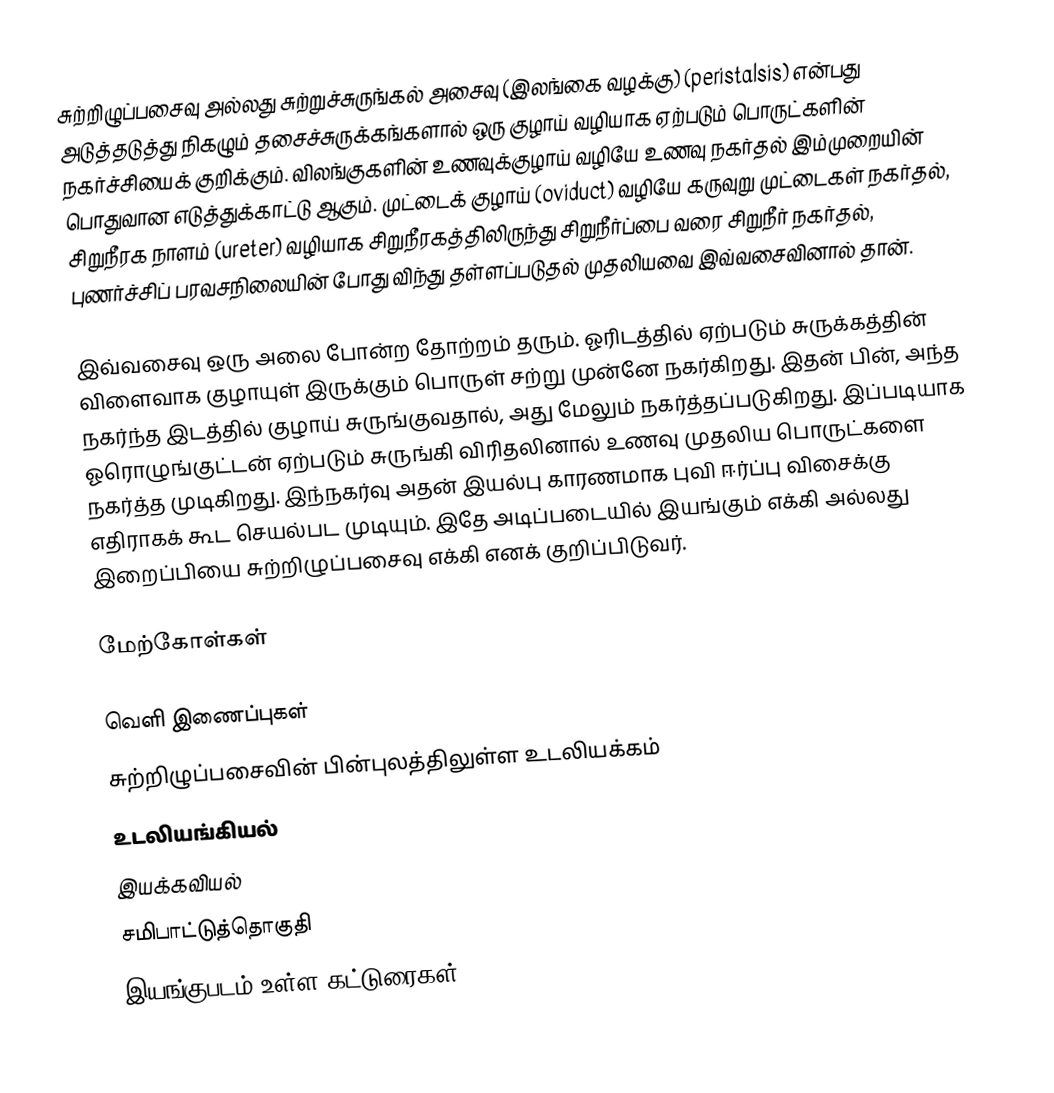
சுற்றிழுப்பசைவு அல்லது சுற்றுச்சுருங்கல் அசைவு (இலங்கை வழக்கு) (peristalsis) என்பது அடுத்தடுத்து நிகழும் தசைச்சுருக்கங்களால் ஒரு குழாய் வழியாக ஏற்படும் பொருட்களின் நகர்ச்சியைக் குறிக்கும். விலங்குகளின் உணவுக்குழாய் வழியே உணவு நகர்தல் இம்முறையின் பொதுவான எடுத்துக்காட்டு ஆகும். முட்டைக் குழாய் (oviduct) வழியே கருவுறு முட்டைகள் நகர்தல், சிறுநீரக நாளம் (ureter) வழியாக சிறுநீரகத்திலிருந்து சிறுநீர்ப்பை வரை சிறுநீர் நகர்தல், புணர்ச்சிப் பரவசநிலையின் போது விந்து தள்ளப்படுதல் முதலியவை இவ்வசைவினால் தான்.

இவ்வசைவு ஒரு அலை போன்ற தோற்றம் தரும். ஓரிடத்தில் ஏற்படும் சுருக்கத்தின் விளைவாக குழாயுள் இருக்கும் பொருள் சற்று முன்னே நகர்கிறது. இதன் பின், அந்த நகர்ந்த இடத்தில் குழாய் சுருங்குவதால், அது மேலும் நகர்த்தப்படுகிறது. இப்படியாக ஓரொழுங்குட்டன் ஏற்படும் சுருங்கி விரிதலினால் உணவு முதலிய பொருட்களை நகர்த்த முடிகிறது. இந்நகர்வு அதன் இயல்பு காரணமாக புவி ஈர்ப்பு விசைக்கு எதிராகக் கூட செயல்பட முடியும். இதே அடிப்படையில் இயங்கும் எக்கி அல்லது இறைப்பியை சுற்றிழுப்பசைவு எக்கி எனக் குறிப்பிடுவர்.

மேற்கோள்கள்

வெளி இணைப்புகள்
 சுற்றிழுப்பசைவின் பின்புலத்திலுள்ள உடலியக்கம்
உடலியங்கியல்
இயக்கவியல்
சமிபாட்டுத்தொகுதி
இயங்குபடம் உள்ள கட்டுரைகள்